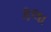
કલા